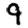
Digit: 9